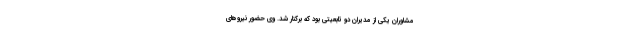
مشاوران یکی از مدیران دو تابعیتی بود که برکنار شد. وی حضور نیروهای